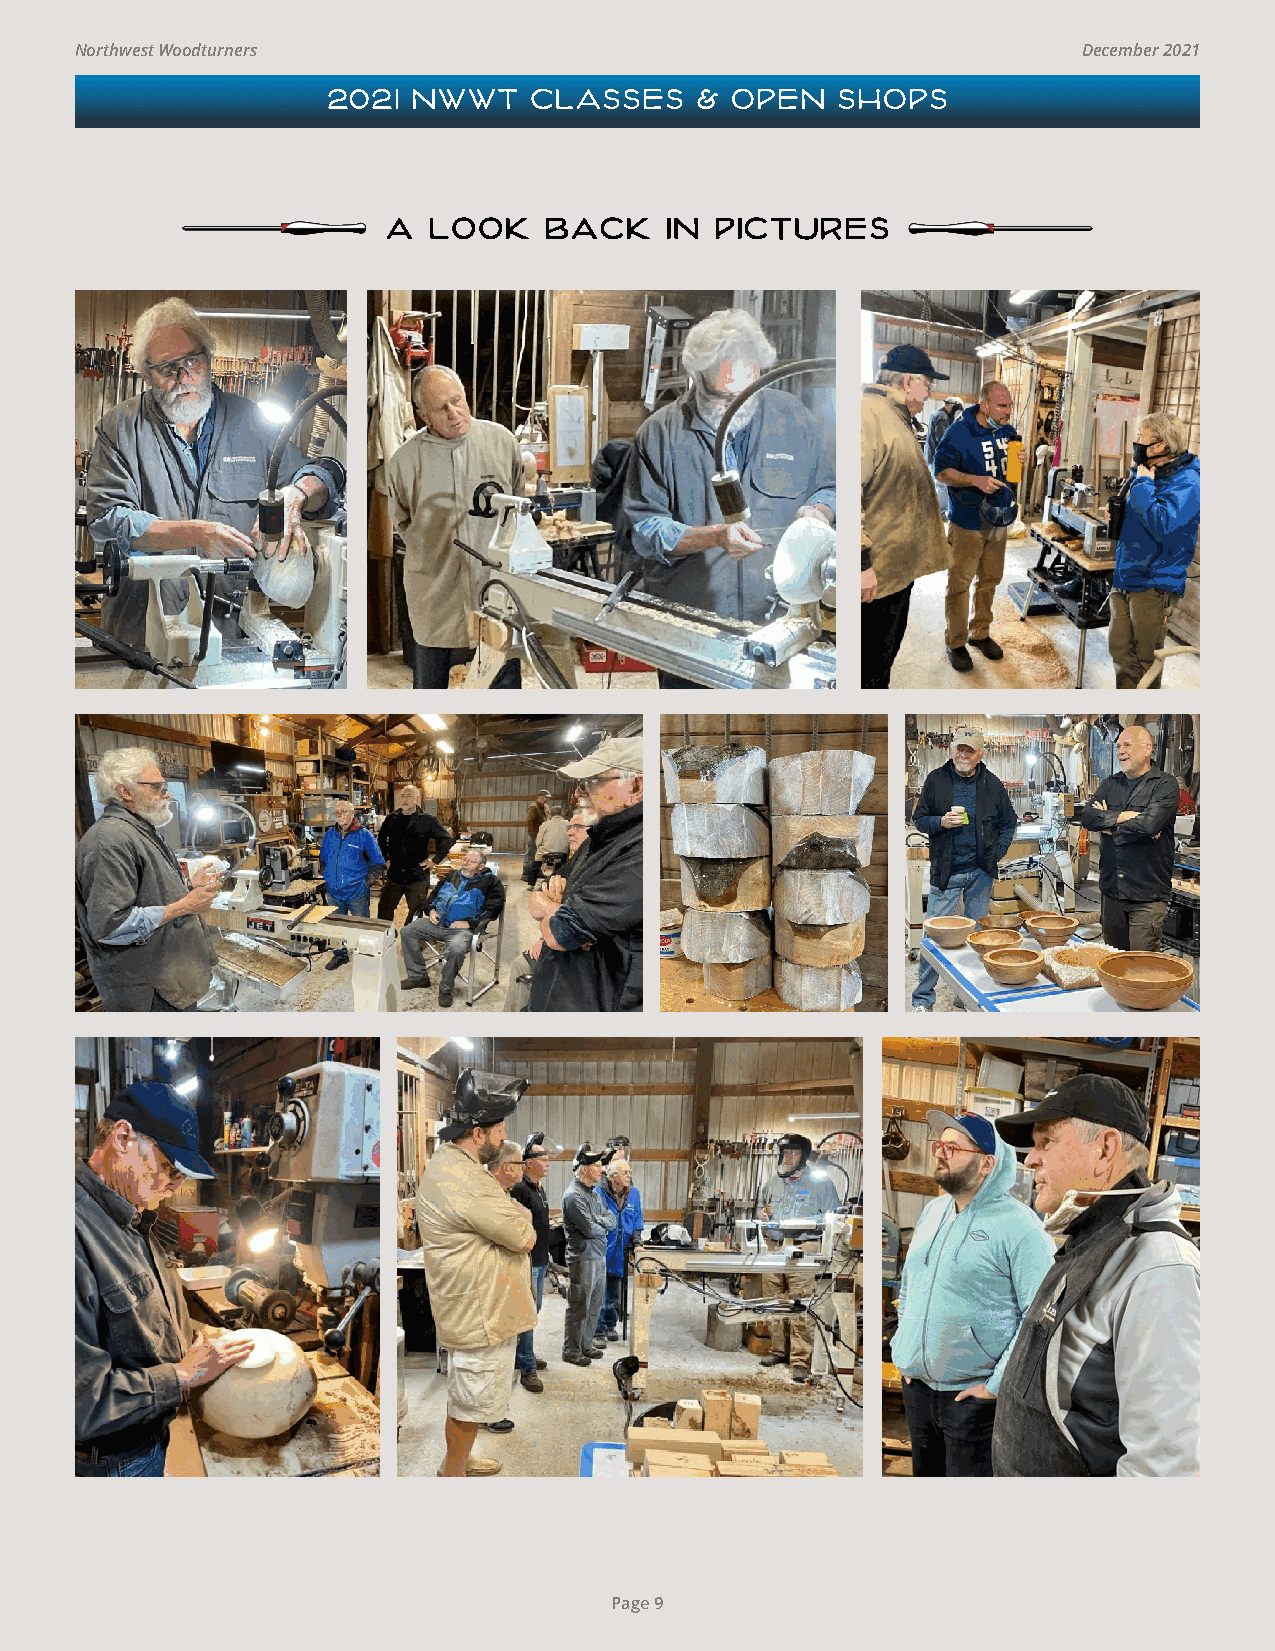
Northwest Woodturners                                              December 2021
 2021 NWWT    CLASSES    & OPEN    SHOPS
 a look    back    in pictures
 Page 9